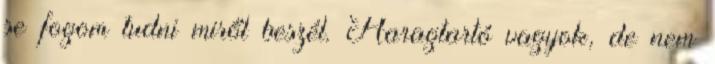
se fogom tudni miről beszél. Haragtartó vagyok, de nem